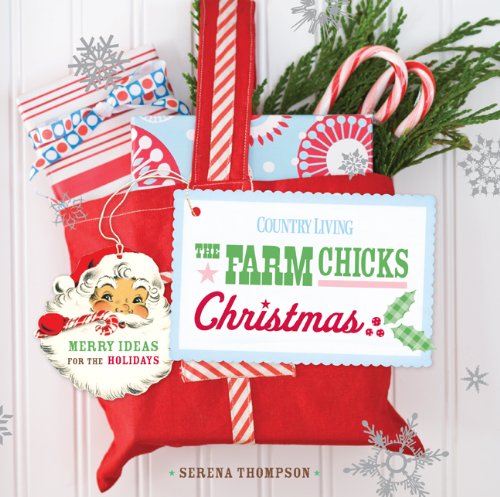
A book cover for Country Living The Farm Chicks Christmas: Merry Ideas for the Holidays; Serena Thompson; Crafts, Hobbies & Home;